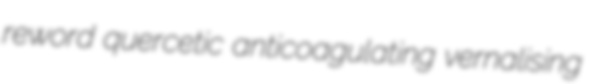
reword quercetic anticoagulating vernalising